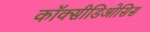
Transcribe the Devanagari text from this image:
कॉक्सीडिओसिस